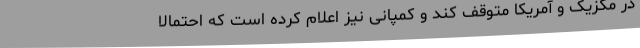
در مکزیک و آمریکا متوقف کند و کمپانی نیز اعلام کرده است که احتمالاً